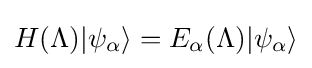
H(\Lambda )|\psi _{\alpha }\rangle =E_{\alpha }(\Lambda )|\psi _{\alpha }\rangle